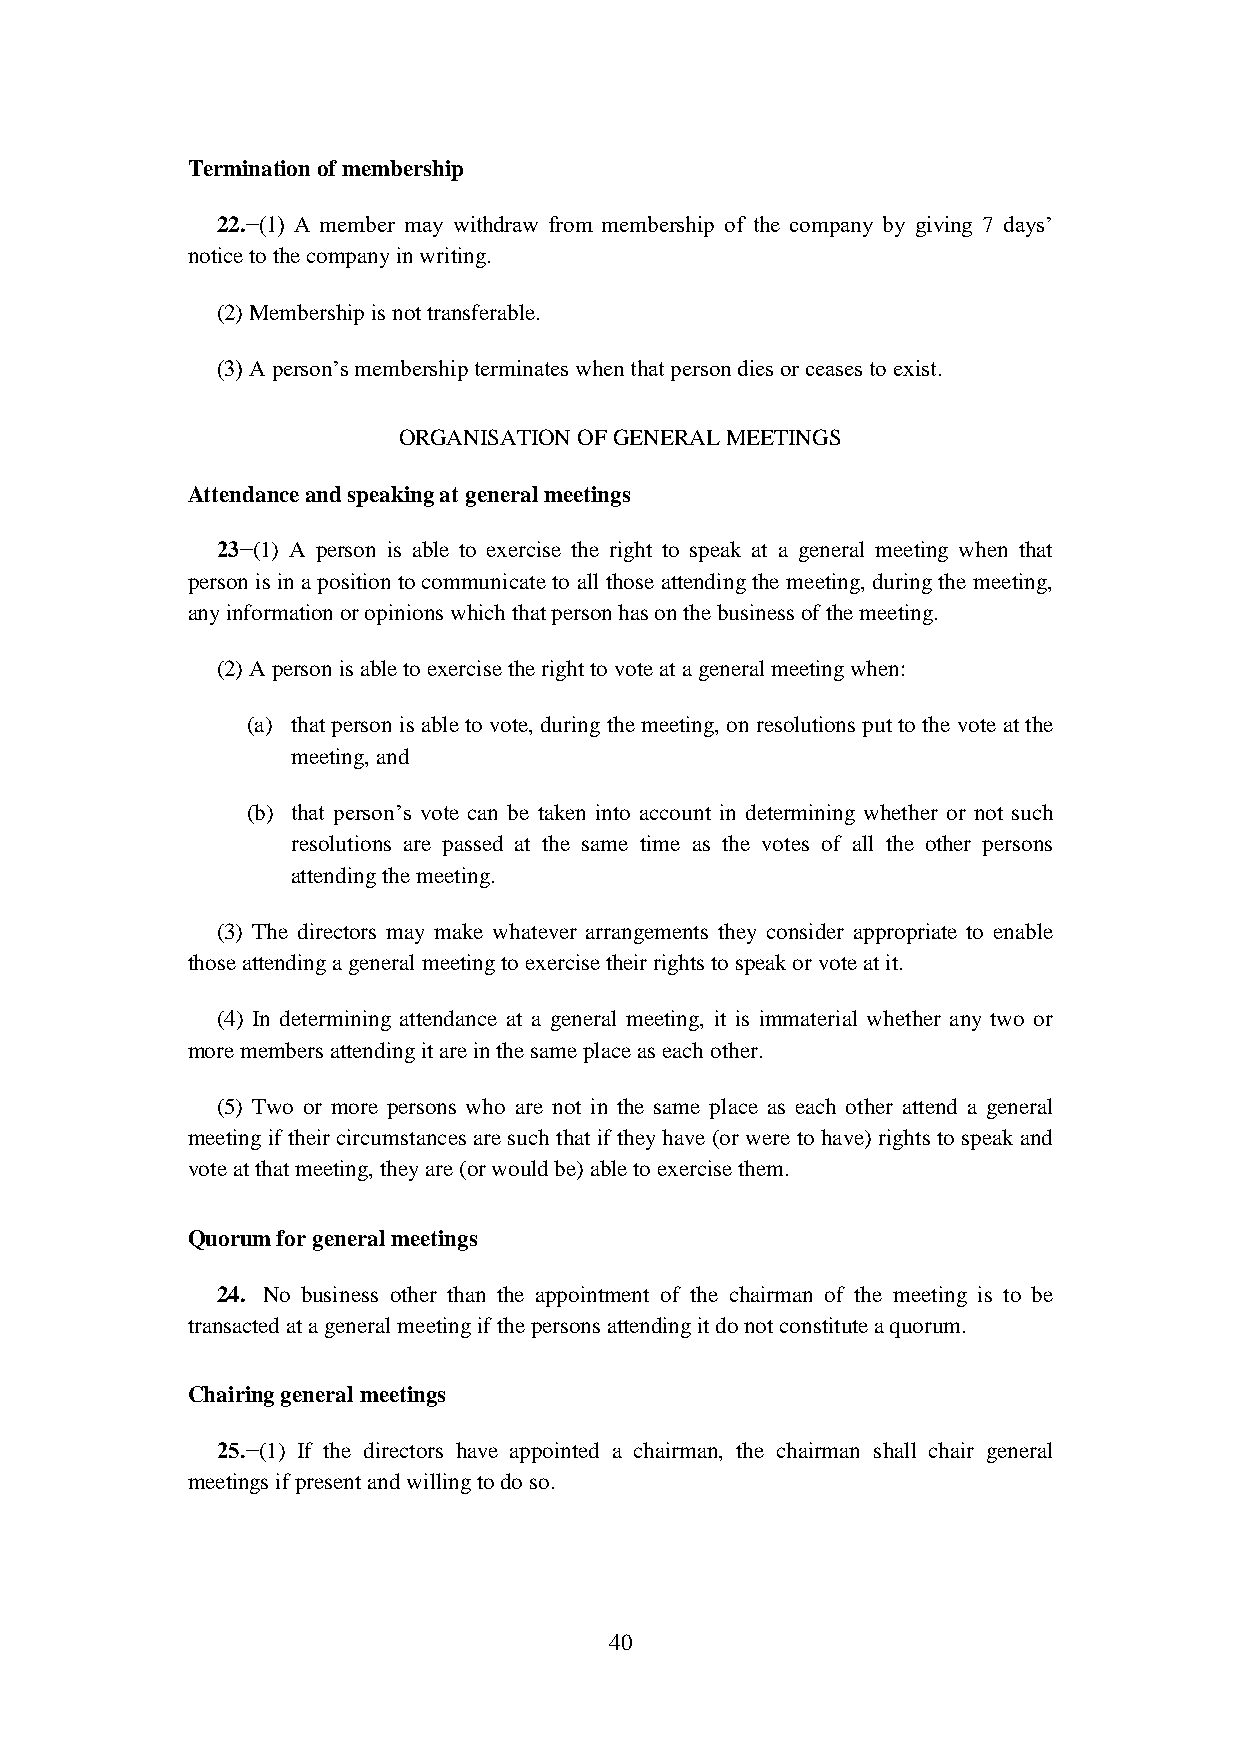
Termination of membership
 22.−(1) A member may withdraw from membership of the company by giving 7 days’
 notice to the company in writing.
 (2) Membership is not transferable.
 (3) A person’s membership terminates when that person dies or ceases to exist.
 ORGANISATION OF GENERAL MEETINGS
 Attendance and speaking at general meetings
 23−(1) A person is able to exercise the right to speak at a general meeting when that
 person is in a position to communicate to all those attending the meeting, during the meeting,
 any information or opinions which that person has on the business of the meeting.
 (2) A person is able to exercise the right to vote at a general meeting when:
 (a) that person is able to vote, during the meeting, on resolutions put to the vote at the
 meeting, and
 (b) that person’s vote can be taken into account in determining whether or not such
 resolutions are passed at the same time as the votes of all the other persons
 attending the meeting.
 (3) The directors may make whatever arrangements they consider appropriate to enable
 those attending a general meeting to exercise their rights to speak or vote at it.
 (4) In determining attendance at a general meeting, it is immaterial whether any two or
 more members attending it are in the same place as each other.
 (5) Two or more persons who are not in the same place as each other attend a general
 meeting if their circumstances are such that if they have (or were to have) rights to speak and
 vote at that meeting, they are (or would be) able to exercise them.
 Quorum for general meetings
 24. No business other than the appointment of the chairman of the meeting is to be
 transacted at a general meeting if the persons attending it do not constitute a quorum.
 Chairing general meetings
 25.−(1) If the directors have appointed a chairman, the chairman shall chair general
 meetings if present and willing to do so.
 40